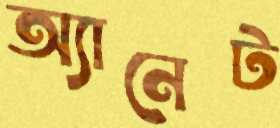
অ্যানেট